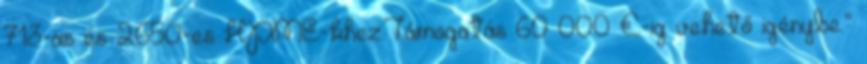
713-as és 2650-es HPME-khez.Támogatás 60 000 €-ig vehető igénybe.”